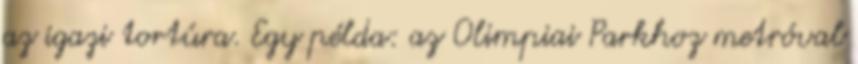
az igazi tortúra. Egy példa: az Olimpiai Parkhoz metróval